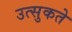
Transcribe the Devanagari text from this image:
उत्सुकते